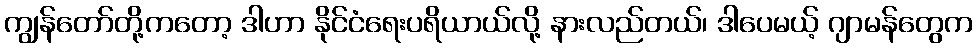
ကျွန်တော်တို့ကတော့ ဒါဟာ နိုင်ငံရေးပရိယာယ်လို့ နားလည်တယ်၊ ဒါပေမယ့် ဂျာမန်တွေက